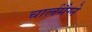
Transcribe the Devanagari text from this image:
चार्लमैग्ने